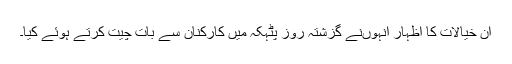
ان خیالات کا اظہار انہوںنے گزشتہ روز پٹہکہ میں کارکنان سے بات چیت کرتے ہوئے کیا۔